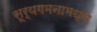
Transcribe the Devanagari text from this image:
सूर्यगमनामध्ये